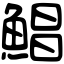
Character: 鯧